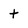
Character: t